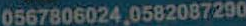
0567806024,0582087290